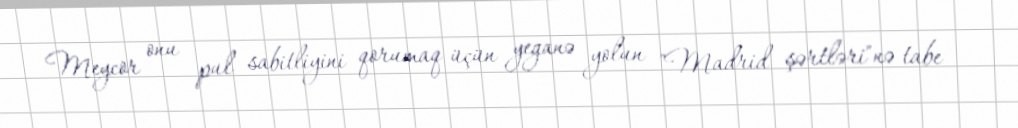
Meycor onu pul sabitliyini qorumaq üçün yeganə yolun "Madrid şərtləri"nə tabe